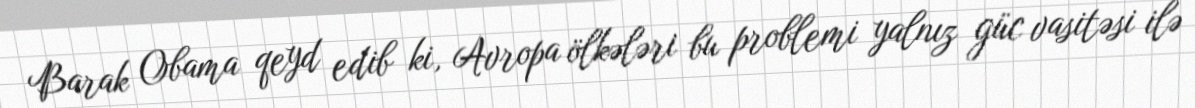
Barak Obama qeyd edib ki, Avropa ölkələri bu problemi yalnız güc vasitəsi ilə